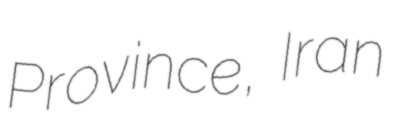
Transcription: Province, Iran